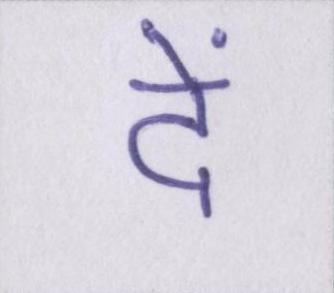
दें